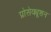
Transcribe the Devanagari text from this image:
प्रोसेक्यूशन